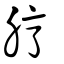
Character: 脝